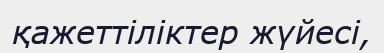
қажеттіліктер жүйесі,